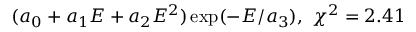
( a _ { 0 } + a _ { 1 } E + a _ { 2 } E ^ { 2 } ) \exp ( - E / a _ { 3 } ) , \ \chi ^ { 2 } = 2 . 4 1